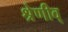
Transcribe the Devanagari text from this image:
श्रेणीव्